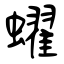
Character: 蠗